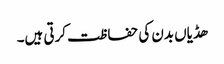
ھڈیاں بدن کی حفاظت کرتی ہیں۔